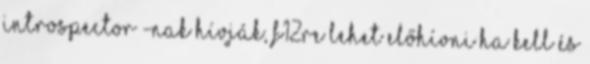
IntroSpector -nak hívják, F12re lehet előhívni ha kell és